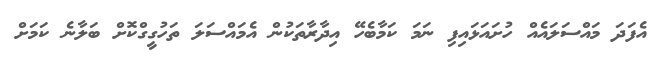
އެފަދަ މައްސަލައެއް ހުށައަޅައިފި ނަމަ ކަމާބެހޭ އިދާރާތަކުން އެމައްސަލަ ތަހުގީގްކޮށް ބަލާނެ ކަމަށް